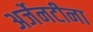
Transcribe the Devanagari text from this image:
अर्जेनटीना